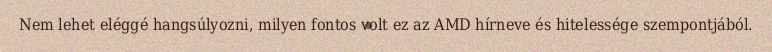
Nem lehet eléggé hangsúlyozni, milyen fontos volt ez az AMD hírneve és hitelessége szempontjából.